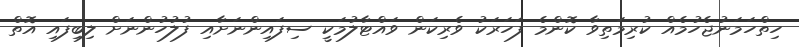
ހިތްހަމަނުޖެހުމެއް ކުރިމަތިވާ ކޮންމެ ފަހަރަކު ވެރިކަން ވައްޓާލުމަކީ ސިފައިންނަށާއި ފުލުހުންނަށް ލިބިފައި އޮތް